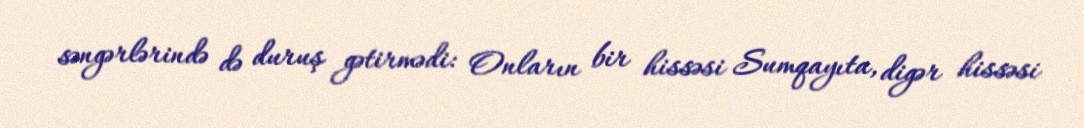
səngərlərində də duruş gətirmədi: Onların bir hissəsi Sumqayıta, digər hissəsi